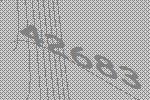
42683